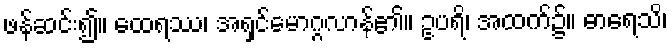
ဖန်ဆင်း၍။ ထေရဿ၊ အရှင်မောဂ္ဂလာန်၏။ ဥပရိ၊ အထက်၌။ ဓာရေသိ၊